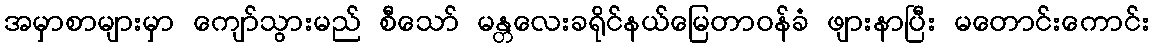
အမှာစာများမှာ ကျော်သွားမည် စီသော် မန္တလေးခရိုင်နယ်မြေတာဝန်ခံ ဖျားနာပြီး မတောင်းကောင်း